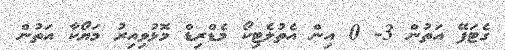
ގެޓަފޭ އަތުން 3- 0 އިން އެތުލެޓިކޯ މެޑްރިޑް މޮޅުވިއިރު މަޔޯކާ އަތުން